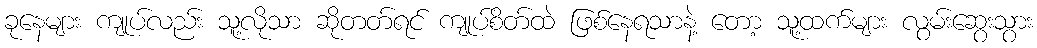
ခုနေများ ကျုပ်လည်း သူ့လိုသာ ဆိုတတ်ရင် ကျုပ်စိတ်ထဲ ဖြစ်နေရသာနဲ့ တော့ သူ့ထက်များ လွမ်းဆွေးသွား